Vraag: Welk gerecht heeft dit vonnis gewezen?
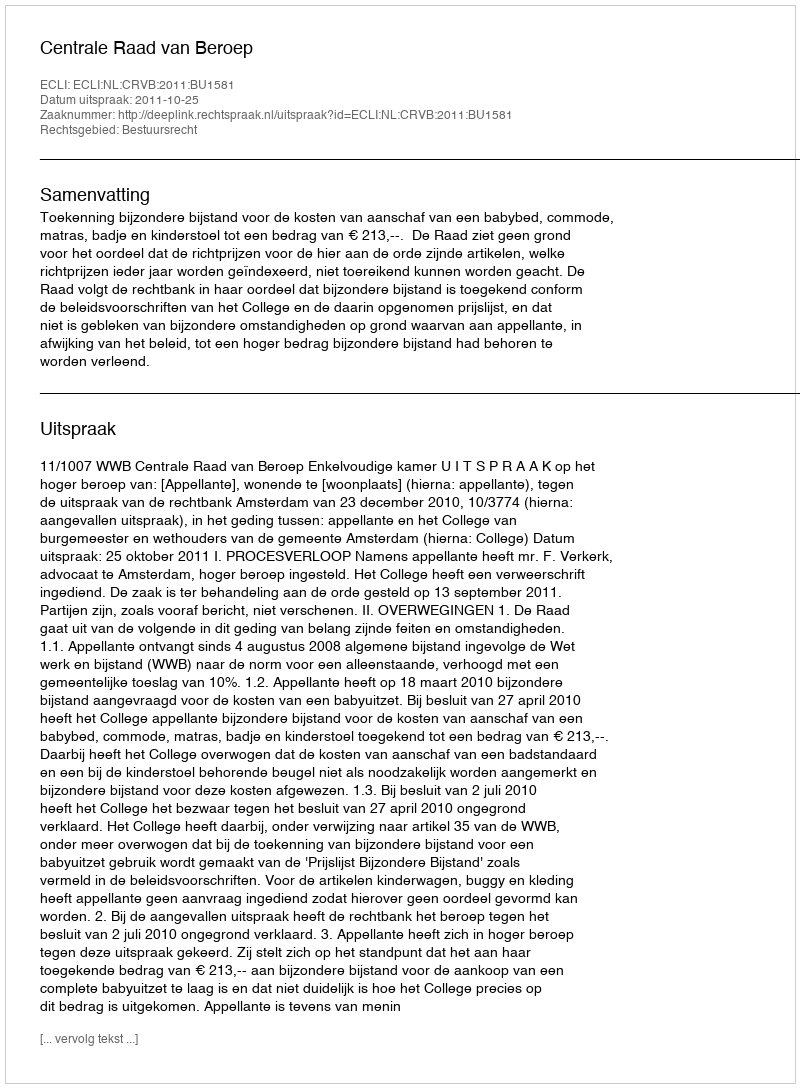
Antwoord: Centrale Raad van Beroep